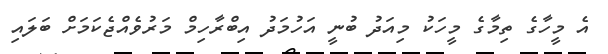
އެ މީހާގެ ތިމާގެ މީހަކު މިއަދު ބުނީ އަހުމަދު އިބްރާހިމް މަރުވެއްޖެކަމަށް ބަލައި